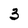
Character: 3